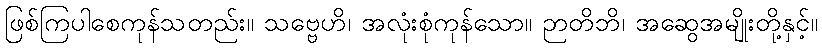
ဖြစ်ကြပါစေကုန်သတည်း။ သဗ္ဗေဟိ၊ အလုံးစုံကုန်သော။ ဉာတိဘိ၊ အဆွေအမျိုးတို့နှင့်။